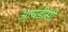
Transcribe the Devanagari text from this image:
आयडीसी